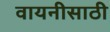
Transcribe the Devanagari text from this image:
वायनीसाठी